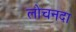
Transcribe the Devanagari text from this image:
लोचनदा